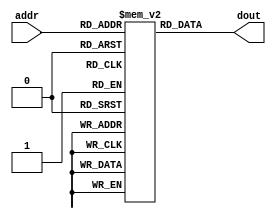
module im_4k( addr, dout );

	input [9:0]	addr;

	output [31:0]	dout;

	reg [31:0]		dOut;
	reg [31:0]		imem[1023:0];

	always @(addr) begin
		dOut = imem[addr];
	end
	assign dout = dOut;

endmodule